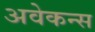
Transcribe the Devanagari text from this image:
अवेकन्स